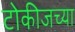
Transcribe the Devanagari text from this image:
टोकीजच्या